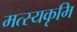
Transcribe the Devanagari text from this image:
मत्स्यकृमि